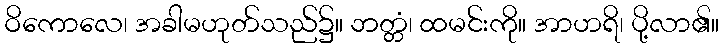
ဝိကောလေ၊ အခါမဟုတ်သည်၌။ ဘတ္တံ၊ ထမင်းကို။ အာဟရိ၊ ပို့လာ၏။